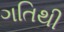
ગતિથી